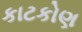
કાટકોણ